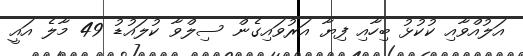
އަލުއްވާއި ކުކުޅު ބިހާއި ފިޔާ އަރުވައިގެން ސިލްވާ ކުލައުޑު 49 މާލެ އައީ